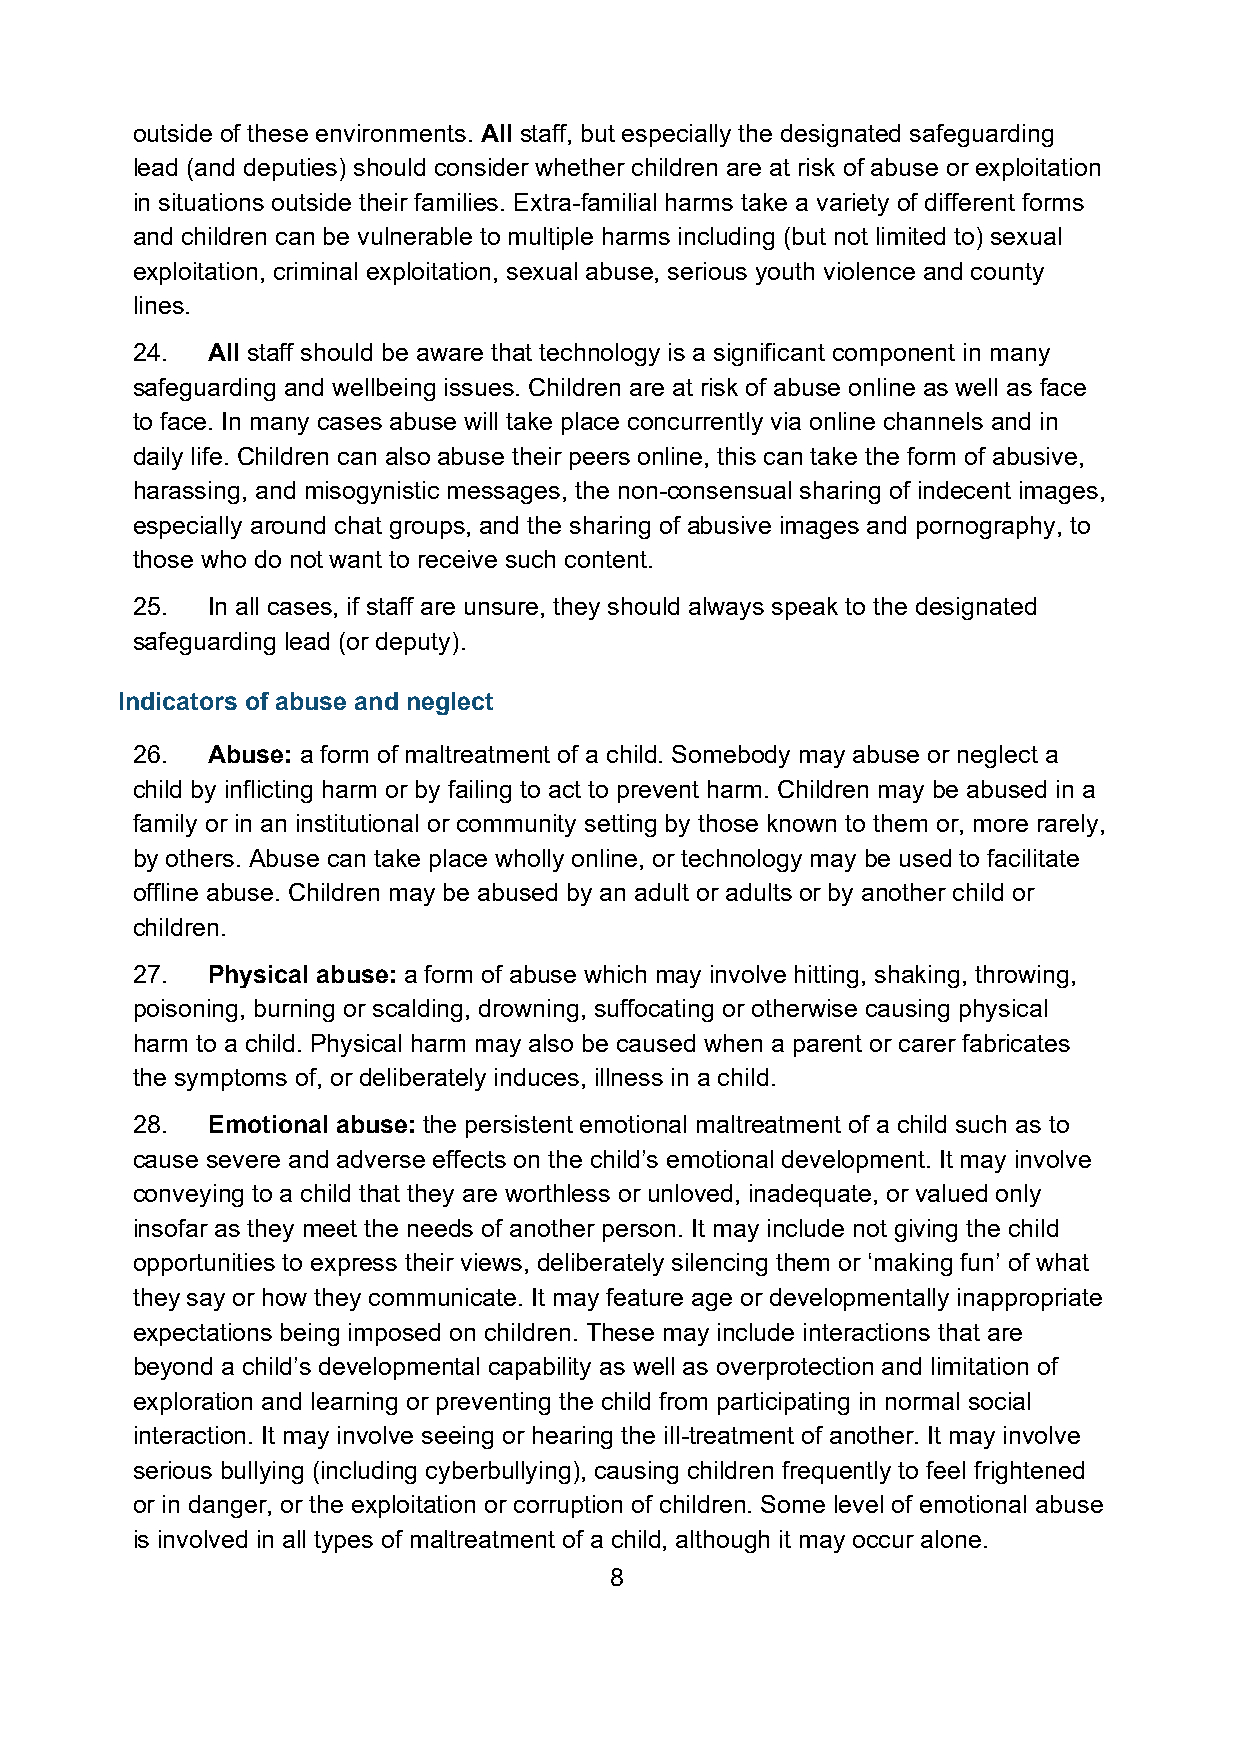
outside of these environments. All staff, but especially the designated safeguarding
 lead (and deputies) should consider whether children are at risk of abuse or exploitation
 in situations outside their families. Extra-familial harms take a variety of different forms
 and children can be vulnerable to multiple harms including (but not limited to) sexual
 exploitation, criminal exploitation, sexual abuse, serious youth violence and county
 lines.
 24.  All staff should be aware that technology is a significant component in many
 safeguarding and wellbeing issues. Children are at risk of abuse online as well as face
 to face. In many cases abuse will take place concurrently via online channels and in
 daily life. Children can also abuse their peers online, this can take the form of abusive,
 harassing, and misogynistic messages, the non-consensual sharing of indecent images,
 especially around chat groups, and the sharing of abusive images and pornography, to
 those who do not want to receive such content.
 25.  In all cases, if staff are unsure, they should always speak to the designated
 safeguarding lead (or deputy).
 Indicators of abuse and neglect
 26.  Abuse: a form of maltreatment of a child. Somebody may abuse or neglect a
 child by inflicting harm or by failing to act to prevent harm. Children may be abused in a
 family or in an institutional or community setting by those known to them or, more rarely,
 by others. Abuse can take place wholly online, or technology may be used to facilitate
 offline abuse. Children may be abused by an adult or adults or by another child or
 children.
 27.  Physical abuse: a form of abuse which may involve hitting, shaking, throwing,
 poisoning, burning or scalding, drowning, suffocating or otherwise causing physical
 harm to a child. Physical harm may also be caused when a parent or carer fabricates
 the symptoms of, or deliberately induces, illness in a child.
 28.  Emotional abuse: the persistent emotional maltreatment of a child such as to
 cause severe and adverse effects on the child’s emotional development. It may involve
 conveying to a child that they are worthless or unloved, inadequate, or valued only
 insofar as they meet the needs of another person. It may include not giving the child
 opportunities to express their views, deliberately silencing them or ‘making fun’ of what
 they say or how they communicate. It may feature age or developmentally inappropriate
 expectations being imposed on children. These may include interactions that are
 beyond a child’s developmental capability as well as overprotection and limitation of
 exploration and learning or preventing the child from participating in normal social
 interaction. It may involve seeing or hearing the ill-treatment of another. It may involve
 serious bullying (including cyberbullying), causing children frequently to feel frightened
 or in danger, or the exploitation or corruption of children. Some level of emotional abuse
 is involved in all types of maltreatment of a child, although it may occur alone.
 8